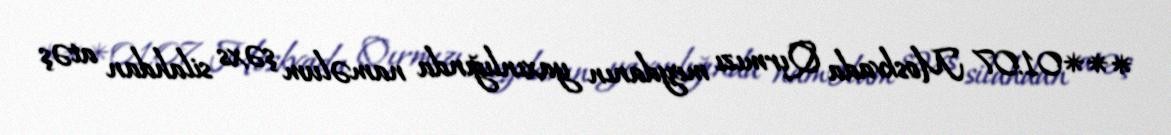
***01:07 Moskvada Qırmızı meydanın yaxınlığında naməlum şəxs silahdan atəş